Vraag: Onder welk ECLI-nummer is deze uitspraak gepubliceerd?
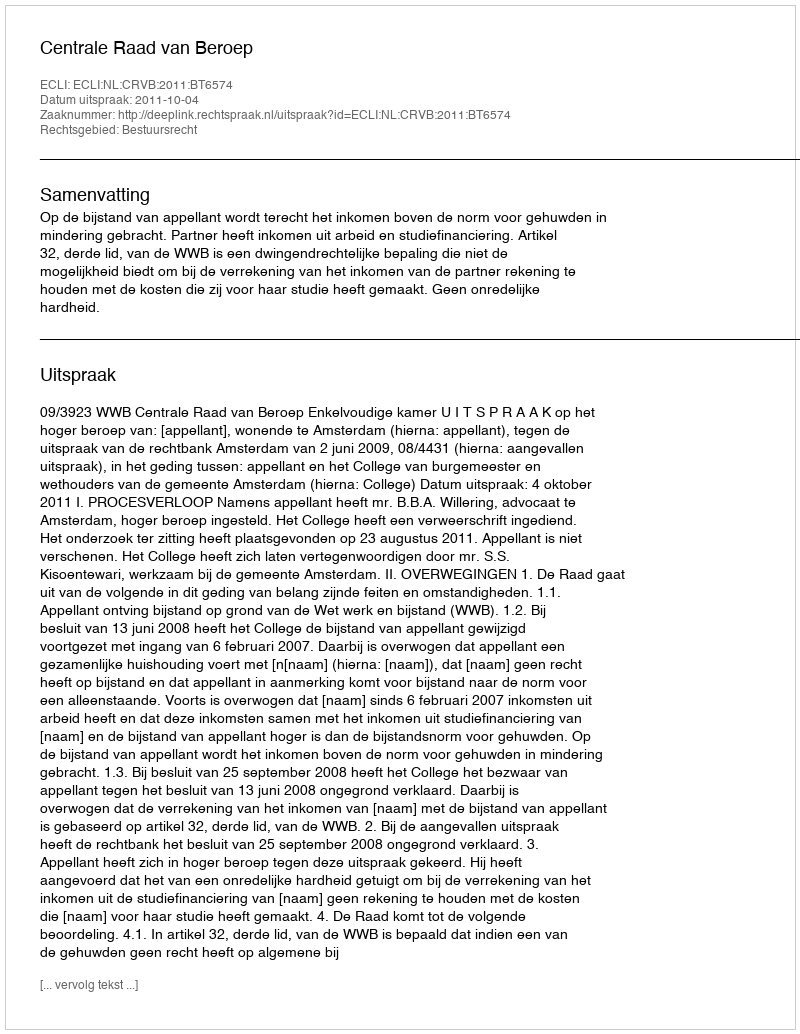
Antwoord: ECLI:NL:CRVB:2011:BT6574